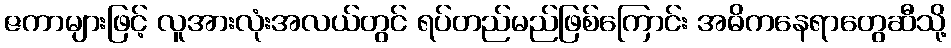
ဇကာများဖြင့် လူအားလုံးအလယ်တွင် ရပ်တည်မည်ဖြစ်ကြောင်း အဓိကနေရာတွေဆီသို့